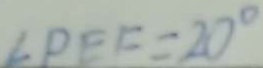
\angle P E F = 2 0 ^ { \circ }